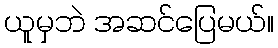
ယူမှဘဲ အဆင်ပြေမယ်။